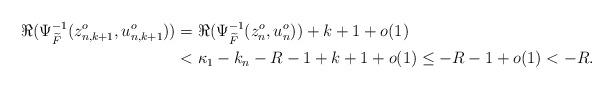
LaTeX: \begin{align*}\Re(\Psi^{-1}_{\widetilde{F}}(z^o_{n, k+1}, u^o_{n,k+1}) ) &= \Re(\Psi^{-1}_{\widetilde{F}}(z^o_{n}, u^o_{n}))+ k +1+ o(1) \\&< \kappa_1-k_n - R -1 +k + 1 +o(1)\leq -R - 1 + o(1) <-R.\end{align*}